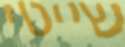
שייטי